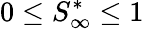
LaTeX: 0\leq S_{\infty}^{*}\leq 1